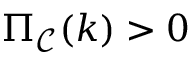
\Pi _ { \mathcal { C } } ( k ) > 0